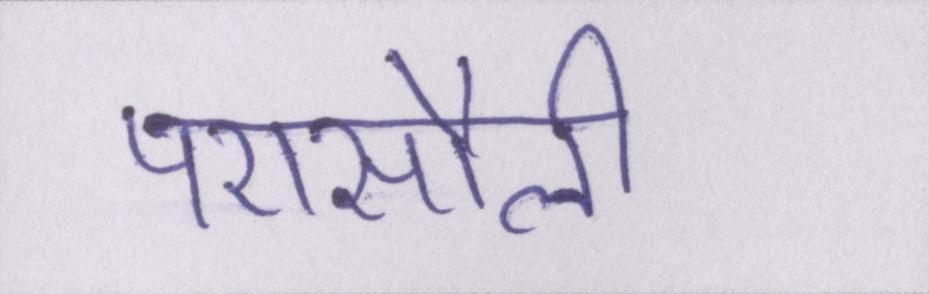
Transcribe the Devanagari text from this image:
परासौली